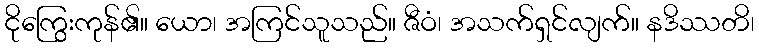
ငိုကြွေးကုန်၏။ ယော၊ အကြင်သူသည်။ ဇီဝံ၊ အသက်ရှင်လျက်။ နဒိဿတိ၊